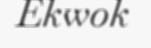
Ekwok